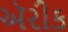
ઍરીક